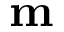
\bf { m }